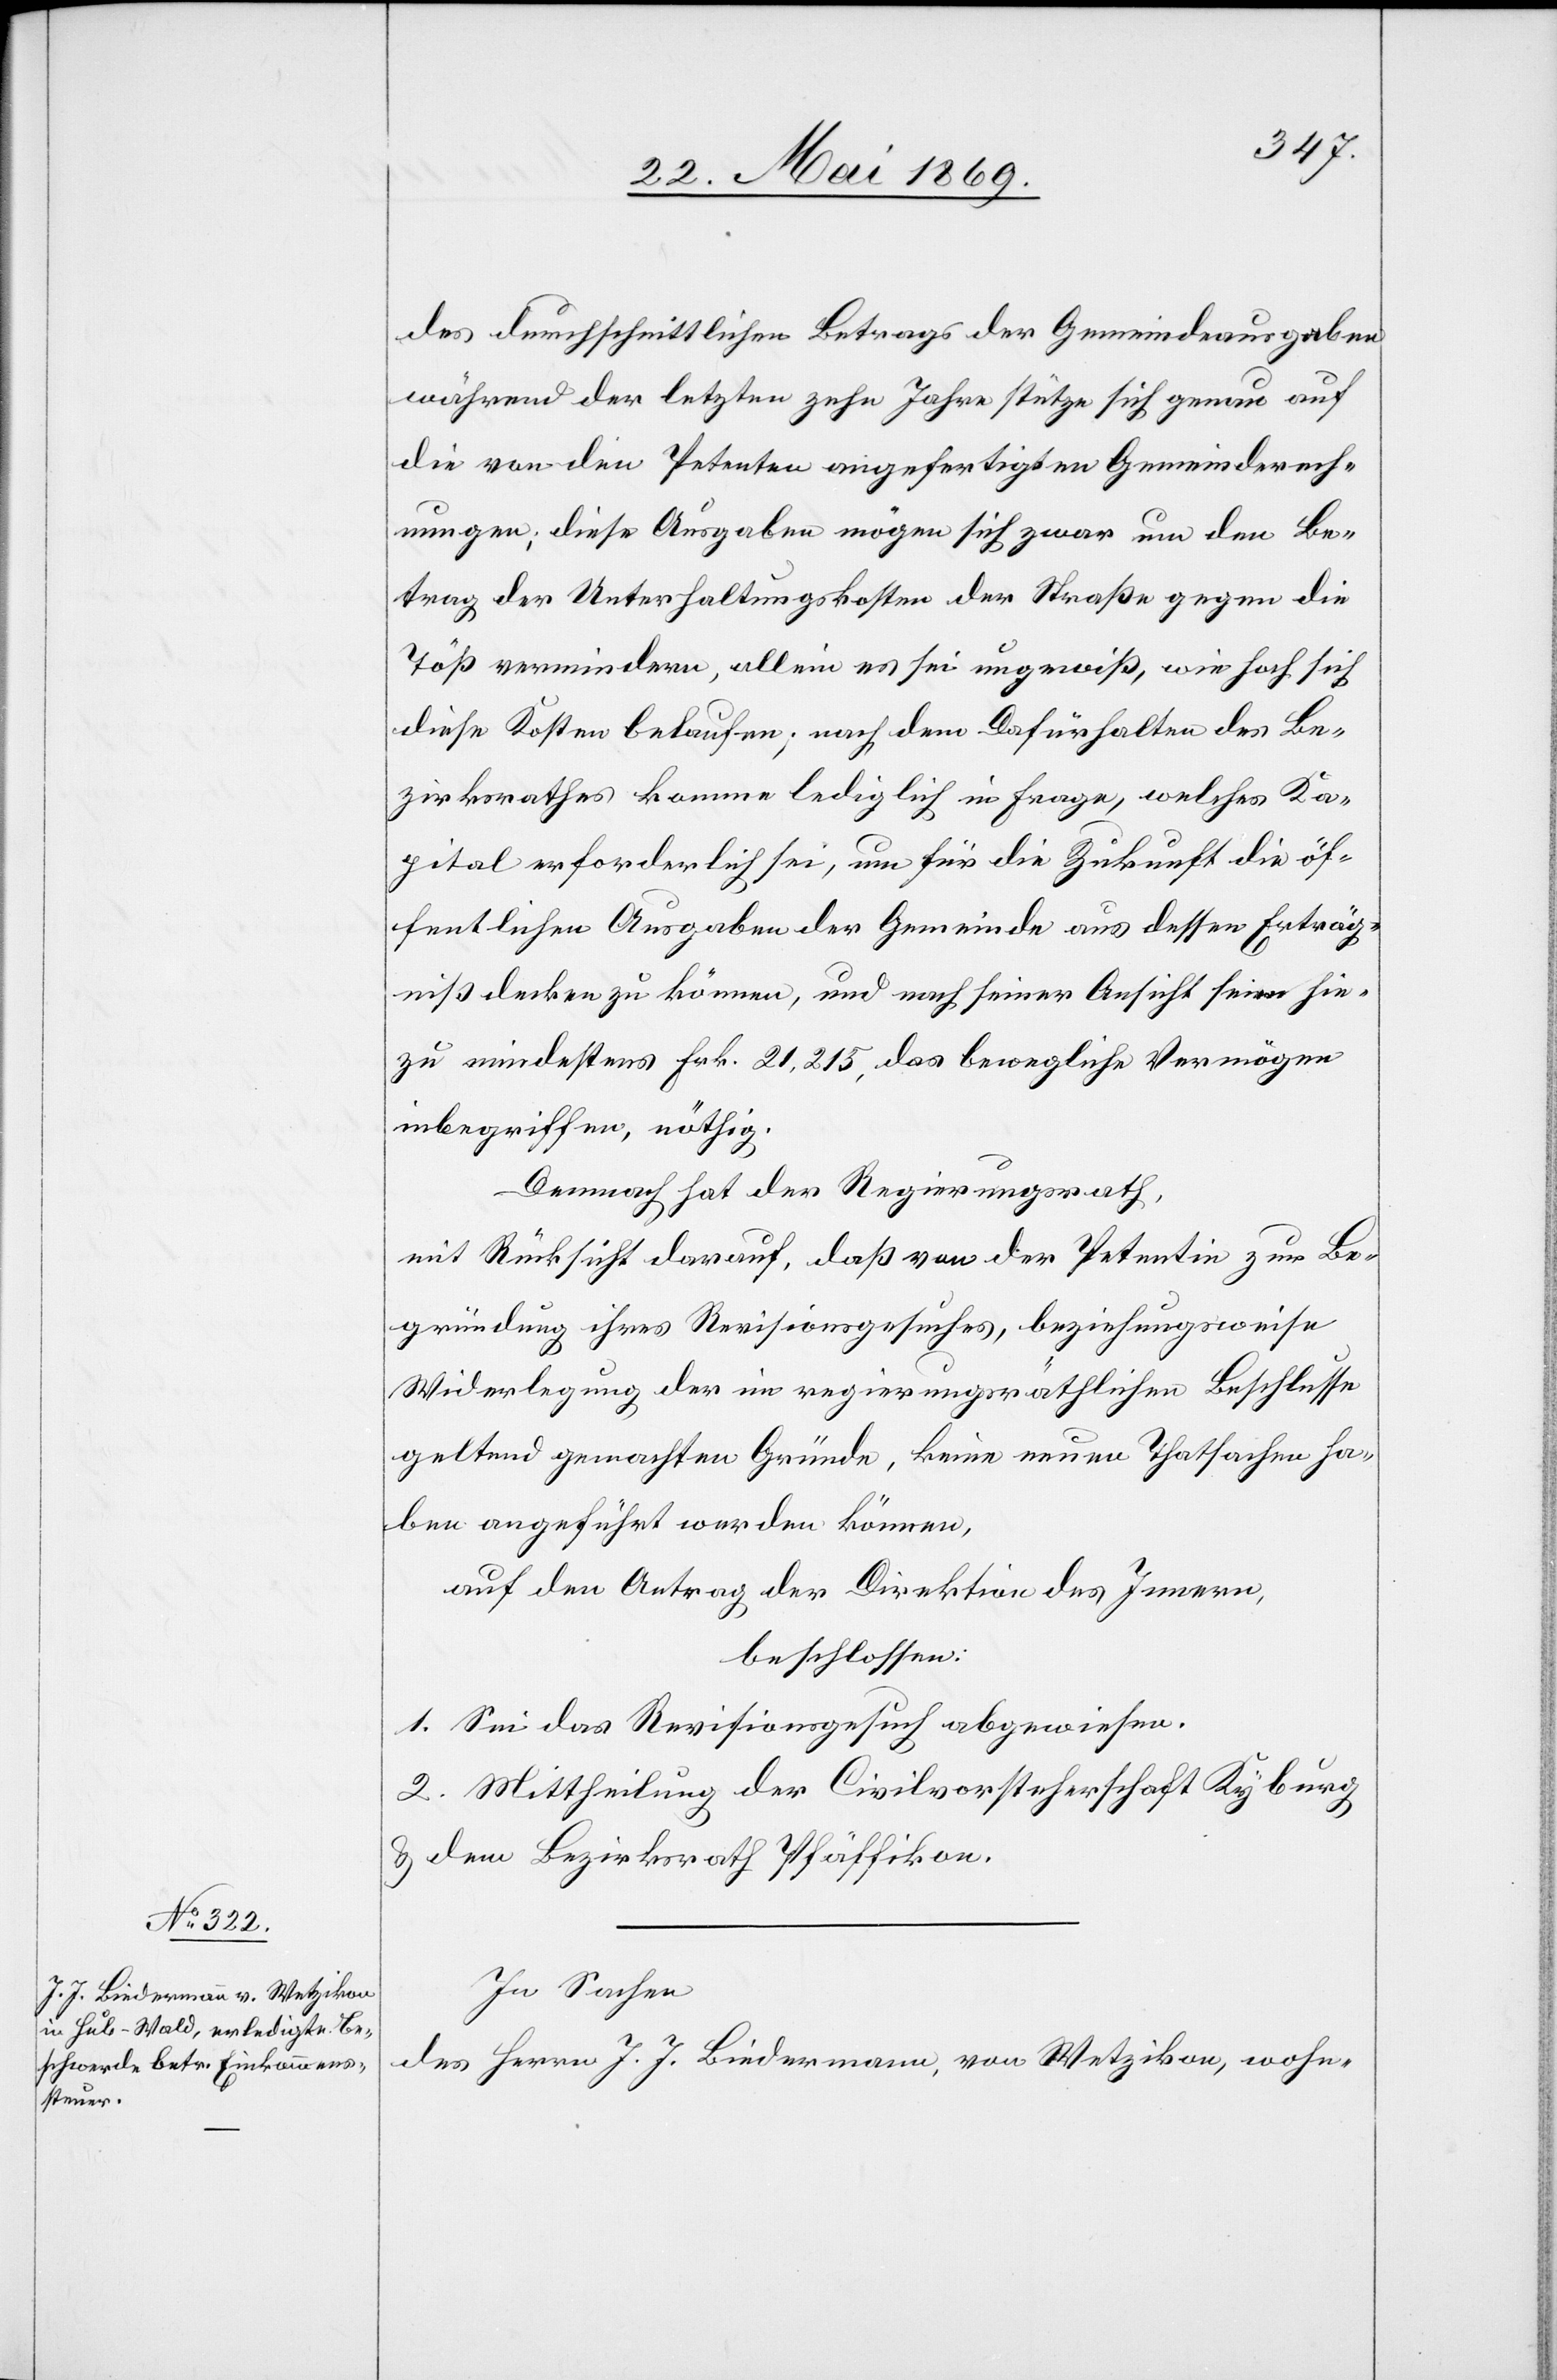
des durchschnittlichen Betrags der Gemeindeausgaben
während der letzten zehn Jahre stütze sich genau auf
die von den Petenten angefertigten Gemeindsrech¬
nungen; diese Ausgaben mögen sich zwar um den Be¬
trag der Unterhaltungskosten der Straße gegen die
Töß vermindern, allein es sei ungewiß, wie hoch sich
diese Kosten belaufen; nach dem Dafürhalten des Be¬
zirksrathes komme lediglich in Frage, welches Ka¬
pital erforderlich sei, um für die Zukunft die öf¬
fentlichen Ausgaben der Gemeinde aus dessen Erträg¬
niß decken zu können, und nach seiner Ansicht seien hie¬
zu mindestens Frk. 21,215, das bewegliche Vermögens
inbegriffen, nöthig.
Demnach hat der Regierungsrath,
mit Rücksicht darauf, daß von der Petentin zur Be¬
gründung ihres Revisionsgesuches, beziehungsweise
Widerlegung der im regierungsräthlichen Beschlusse
geltend gemachten Gründe, keine neuen Thatsachen ha¬
ben angeführt werden können,
auf den Antrag der Direktion des Innern,
beschlossen:
1. Sei das Revisionsgesuch abgewiesen.
2. Mittheilung der Civilvorsteherschaft Kyburg
u. dem Bezirksrath Pfäffikon.
In Sachen
des Herrn J. J. Biedermann, von Wetzikon, wohn-